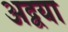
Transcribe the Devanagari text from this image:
अद्वया